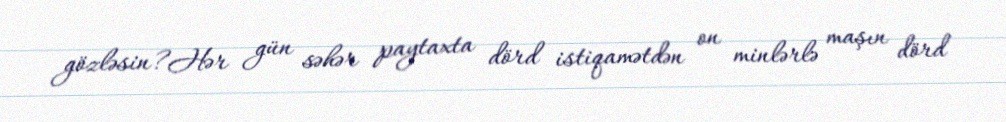
gözləsin?Hər gün səhər paytaxta dörd istiqamətdən on minlərlə maşın dörd